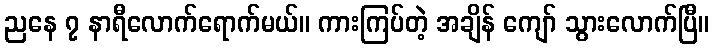
ညနေ ၇ နာရီလောက်ရောက်မယ်။ ကားကြပ်တဲ့ အချိန် ကျော် သွားလောက်ပြီ။